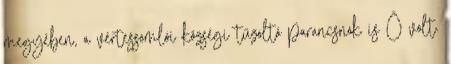
megyében, a vértessomlói községi tűzoltó parancsnok is Ő volt.